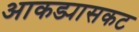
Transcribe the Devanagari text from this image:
आकड्यासकट